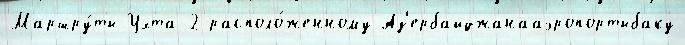
Маршру́ты Ухта-2 располо́женному Аз'ербайджанааэропортыбаку